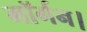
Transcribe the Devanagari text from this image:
मॉर्गन।